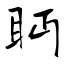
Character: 眄